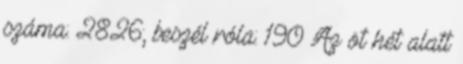
száma: 2826; beszél róla: 190 Az öt hét alatt